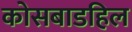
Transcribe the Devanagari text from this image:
कोसबाडहिल